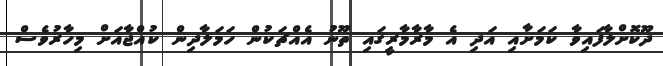
ދޫކޮށްލާފައިވާ ކަމަށާއި އަދި އެ މާރާމާރީގައި ތޫނު އެއްޗަކުން ހަމަލާދިން ކުއްޖާއަށް މިހާރުވެސް